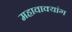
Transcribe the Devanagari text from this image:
महावाक्यांग